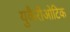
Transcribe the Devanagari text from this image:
युकैरीओटिक